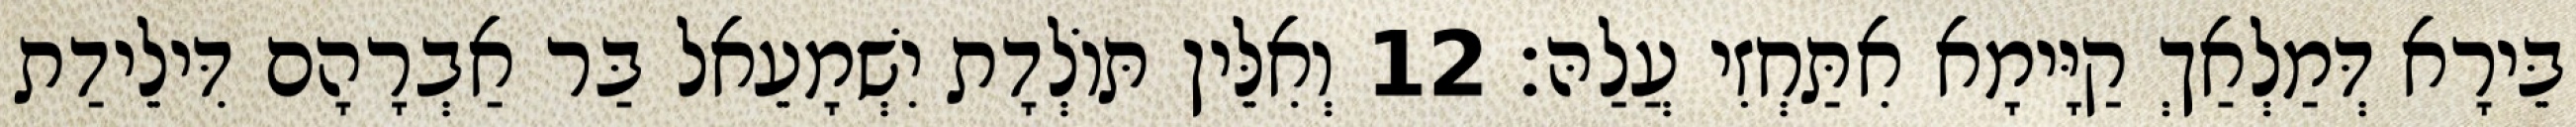
בֵּירָא דְּמַלְאַךְ קַיָּימָא אִתַּחְזִי עֲלַהּ׃ 12 וְאִלֵּין תּוֹלְדָת יִשְׁמָעֵאל בַּר אַבְרָהָם דִּילֵידַת